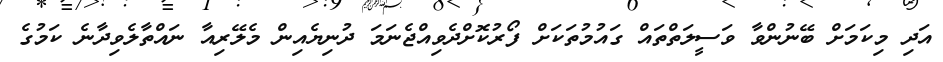
އަދި މިކަމަށް ބޭނުންވާ ވަސީލަތްތައް ގައުމުތަކަށް ފޯރުކޮށްދެވިއްޖެނަމަ ދުނިޔެއިން މެލޭރިއާ ނައްތާލެވިދާނެ ކަމުގެ